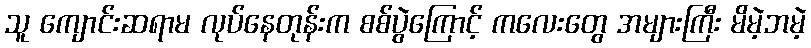
သူ ကျောင်းဆရာမ လုပ်နေတုန်းက စစ်ပွဲကြောင့် ကလေးတွေ အများကြီး မိမဲ့ဘမဲ့